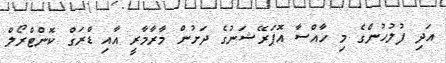
އަދި ފުލުހުންގެ މި ހާއްސާ އޮޕަރޭޝަނުގެ ދަށުން މާރާމާރީ އާއި ޑްރަގް ކޮންޓްރޯލް